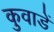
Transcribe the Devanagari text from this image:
कुवाडें